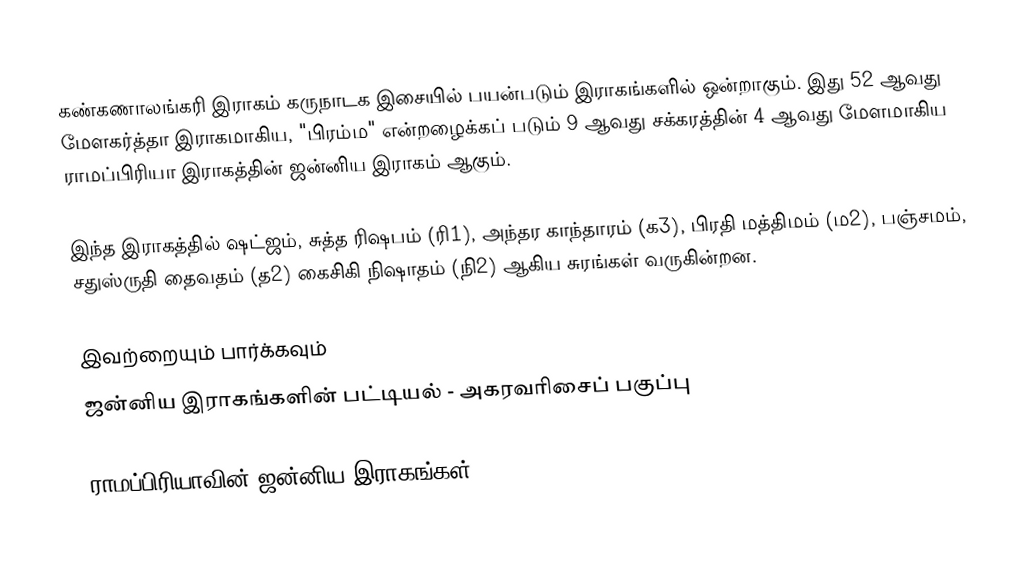
கண்கணாலங்கரி இராகம் கருநாடக இசையில் பயன்படும் இராகங்களில் ஒன்றாகும். இது 52 ஆவது மேளகர்த்தா இராகமாகிய, "பிரம்ம" என்றழைக்கப் படும் 9 ஆவது சக்கரத்தின் 4 ஆவது மேளமாகிய ராமப்பிரியா இராகத்தின் ஜன்னிய இராகம் ஆகும்.

இந்த இராகத்தில் ஷட்ஜம், சுத்த ரிஷபம் (ரி1),  அந்தர காந்தாரம் (க3), பிரதி மத்திமம் (ம2), பஞ்சமம்,  சதுஸ்ருதி தைவதம் (த2) கைசிகி நிஷாதம்  (நி2) ஆகிய சுரங்கள் வருகின்றன.

இவற்றையும் பார்க்கவும்
 ஜன்னிய இராகங்களின் பட்டியல் - அகரவரிசைப் பகுப்பு

ராமப்பிரியாவின் ஜன்னிய இராகங்கள்